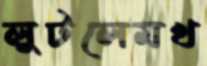
লুটলেমখ